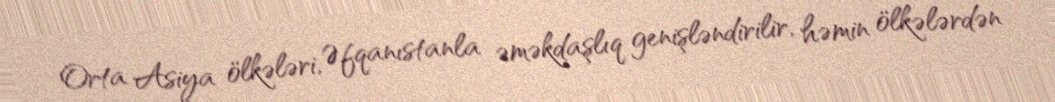
Orta Asiya ölkələri, Əfqanıstanla əməkdaşlıq genişləndirilir, həmin ölkələrdən